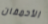
الأحمقان